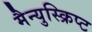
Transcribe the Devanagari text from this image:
मैन्युस्क्रिप्ट